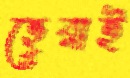
হেরাই